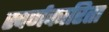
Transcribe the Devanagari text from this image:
स्वर्णकारिता